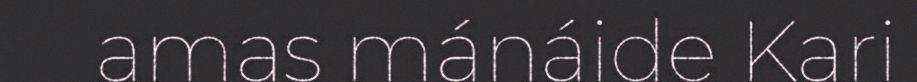
amas mánáide Kari